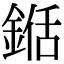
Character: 𮢍